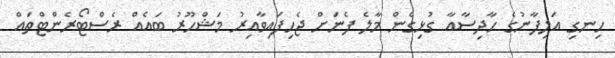
ހިނގި އަލިފާނުގެ ހާދިސާއާ ގުޅިގެން މާލެ ފެނަށް ޖެހިފައިވާއިރު މަޝްހޫރު ބައެއް ރެސްޓޯރެންޓްތައް